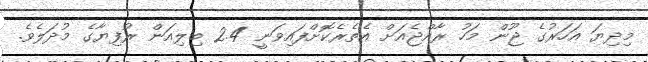
މިދިޔަ އަހަރުގެ ޖޫން މަހު ރާއްޖެއަށް އެތެރެކޮށްފައިވަނީ 2.4 ބިލިއަން ރުފިޔާގެ މުދަލެވެ.